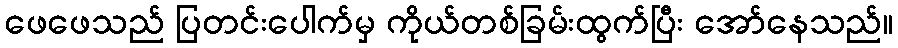
ဖေဖေသည် ပြတင်းပေါက်မှ ကိုယ်တစ်ခြမ်းထွက်ပြီး အော်နေသည်။